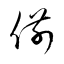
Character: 偂